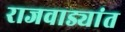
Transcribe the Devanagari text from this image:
राजवाड्यांत